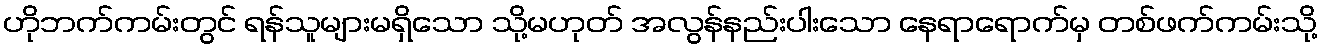
ဟိုဘက်ကမ်းတွင် ရန်သူများမရှိသော သို့မဟုတ် အလွန်နည်းပါးသော နေရာရောက်မှ တစ်ဖက်ကမ်းသို့